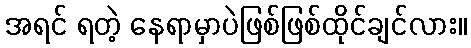
အရင် ရတဲ့ နေရာမှာပဲဖြစ်ဖြစ်ထိုင်ချင်လား။